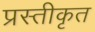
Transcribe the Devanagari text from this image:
प्रस्तीकृत